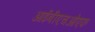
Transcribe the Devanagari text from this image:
आईबीएचओएफ